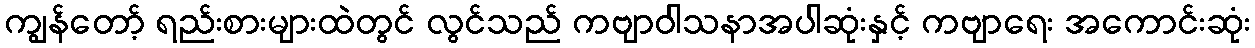
ကျွန်တော့် ရည်းစားများထဲတွင် လွင်သည် ကဗျာဝါသနာအပါဆုံးနှင့် ကဗျာရေး အကောင်းဆုံး